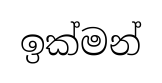
ඉක්මන්